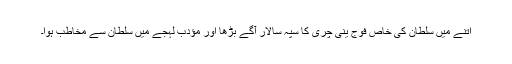
اتنے میں سلطان کی خاص فوج ینی چری کا سپہ سالار آگے بڑھا اور مؤدب لہجے میں سلطان سے مخاطب ہوا۔